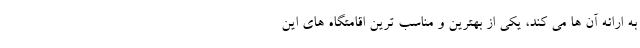
به ارائه آن ها می کند، یکی از بهترین و مناسب ترین اقامتگاه های این